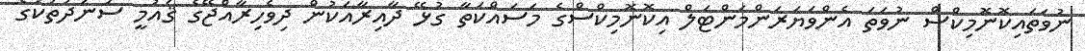
ނުވަތައިކޮނޮމިކްސް ނުވަތަ އެންވަޔަރަންމަންޓަލް އިކޮނޮމިކްސްގެ މަސައްކަތާ ގުޅޭ ދާއިރާއަކުން ދިވެހިރާއްޖޭގެ ޤައުމީ ސަނަދުތަކުގެ